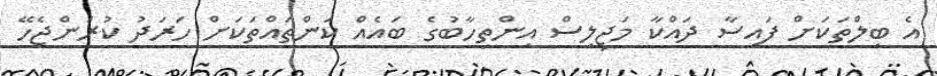
އެ ބިލްތަކަށް ފައިސާ ދައްކާ މަޖިލިސް އިންތިހާބުގެ ބައެއް ކަންތައްތަކަށް ހަރަދު ކުރަންޖެހޭ